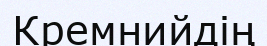
Кремнийдің